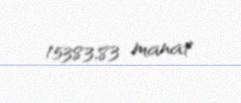
15383,83 manat